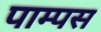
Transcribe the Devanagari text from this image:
पाम्पस